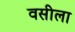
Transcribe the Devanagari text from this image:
वसीला